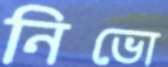
নিভো